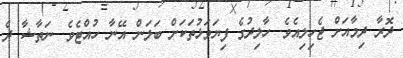
ދޮރާ ދިމާއަށް ޖެހިލިއެވެ. ހާލިދުގެ ފިޔަވަޅުތަކަށް ބަލަން އޭނާ ހުއްޓެވެ. ނަތާޝާ ދެ